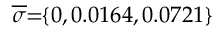
\! \! \! \overline { { \sigma } } \! \! = \! \! \{ 0 , 0 . 0 1 6 4 , 0 . 0 7 2 1 \} \! \! \!